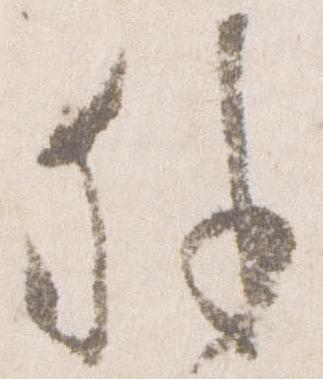
外